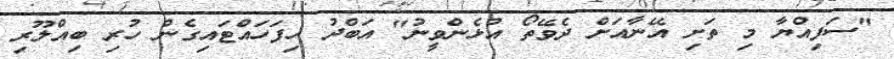
"ސަފިއްޔާ މި ތަށި އޭނާއަށް ދެވޭތޯ އުޅެންވީނު" އަބްދު ހިފަހައްޓައިގެން ހުރި ބިއްލޫރި